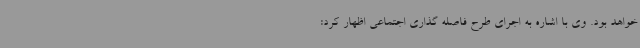
خواهد بود. وی با اشاره به اجرای طرح فاصله گذاری اجتماعی اظهار کرد: